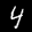
Label: 4